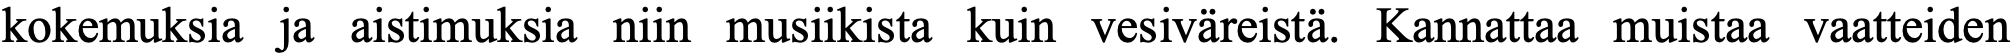
kokemuksia ja aistimuksia niin musiikista kuin vesiväreistä. Kannattaa muistaa vaatteiden